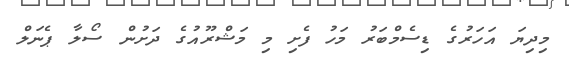
މިދިޔަ އަހަރުގެ ޑިސެމްބަރު މަހު ފެށި މި މަޝްރޫއުގެ ދަށުން ސޯލާ ޕެނަލް